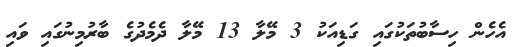
އެހެން ހިސާބުތަކުގައި ގަޑިއަކު 3 މޭލާ 13 މޭލާ ދެމެދުގެ ބާރުމިނުގައި ވައި